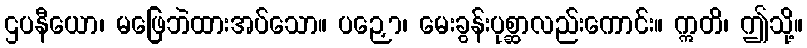
ဌပနီယော၊ မဖြေဘဲထားအပ်သော။ ပဉှော၊ မေးခွန်းပုစ္ဆာလည်းကောင်း။ ဣတိ၊ ဤသို့။